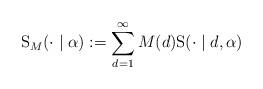
LaTeX: \begin{align*}\mathrm{S}_{M}(\cdot \mid \alpha ):=\mathop{\sum}_{d=1}^{\infty} M(d) \mathrm{S}( \cdot \mid d , \alpha)\end{align*}